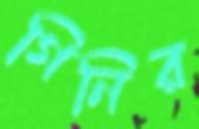
গিনির